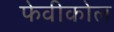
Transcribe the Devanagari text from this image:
फेवीकोल